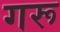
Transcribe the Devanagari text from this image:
गरू